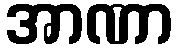
အာဏာ